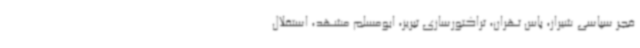
فجر سپاسی شیراز، پاس تهران، تراکتورسازی تبریز، ابومسلم مشهد، استقلال